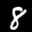
Label: 8